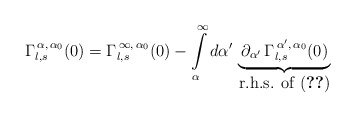
\begin{align*}\Gamma_{l,s}^{\,\alpha,\,\alpha_{0}}(0)=\Gamma_{l,s}^{\,\infty,\,\alpha_{0}}(0)-\int\limits_{\alpha}^{\infty}d\alpha'\,\underbrace{\,\partial_{\alpha'}\,\Gamma_{l,s}^{\,\alpha',\,\alpha_{0}}(0)\,}_{\mbox{r.h.s. of (\ref{fg5})}}\end{align*}